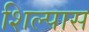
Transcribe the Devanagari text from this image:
शिल्पास